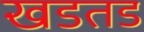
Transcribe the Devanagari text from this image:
खडतड